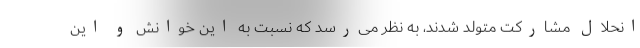
انحلال مشارکت متولد شدند، به نظر می‌رسد که نسبت به این خوانش و این